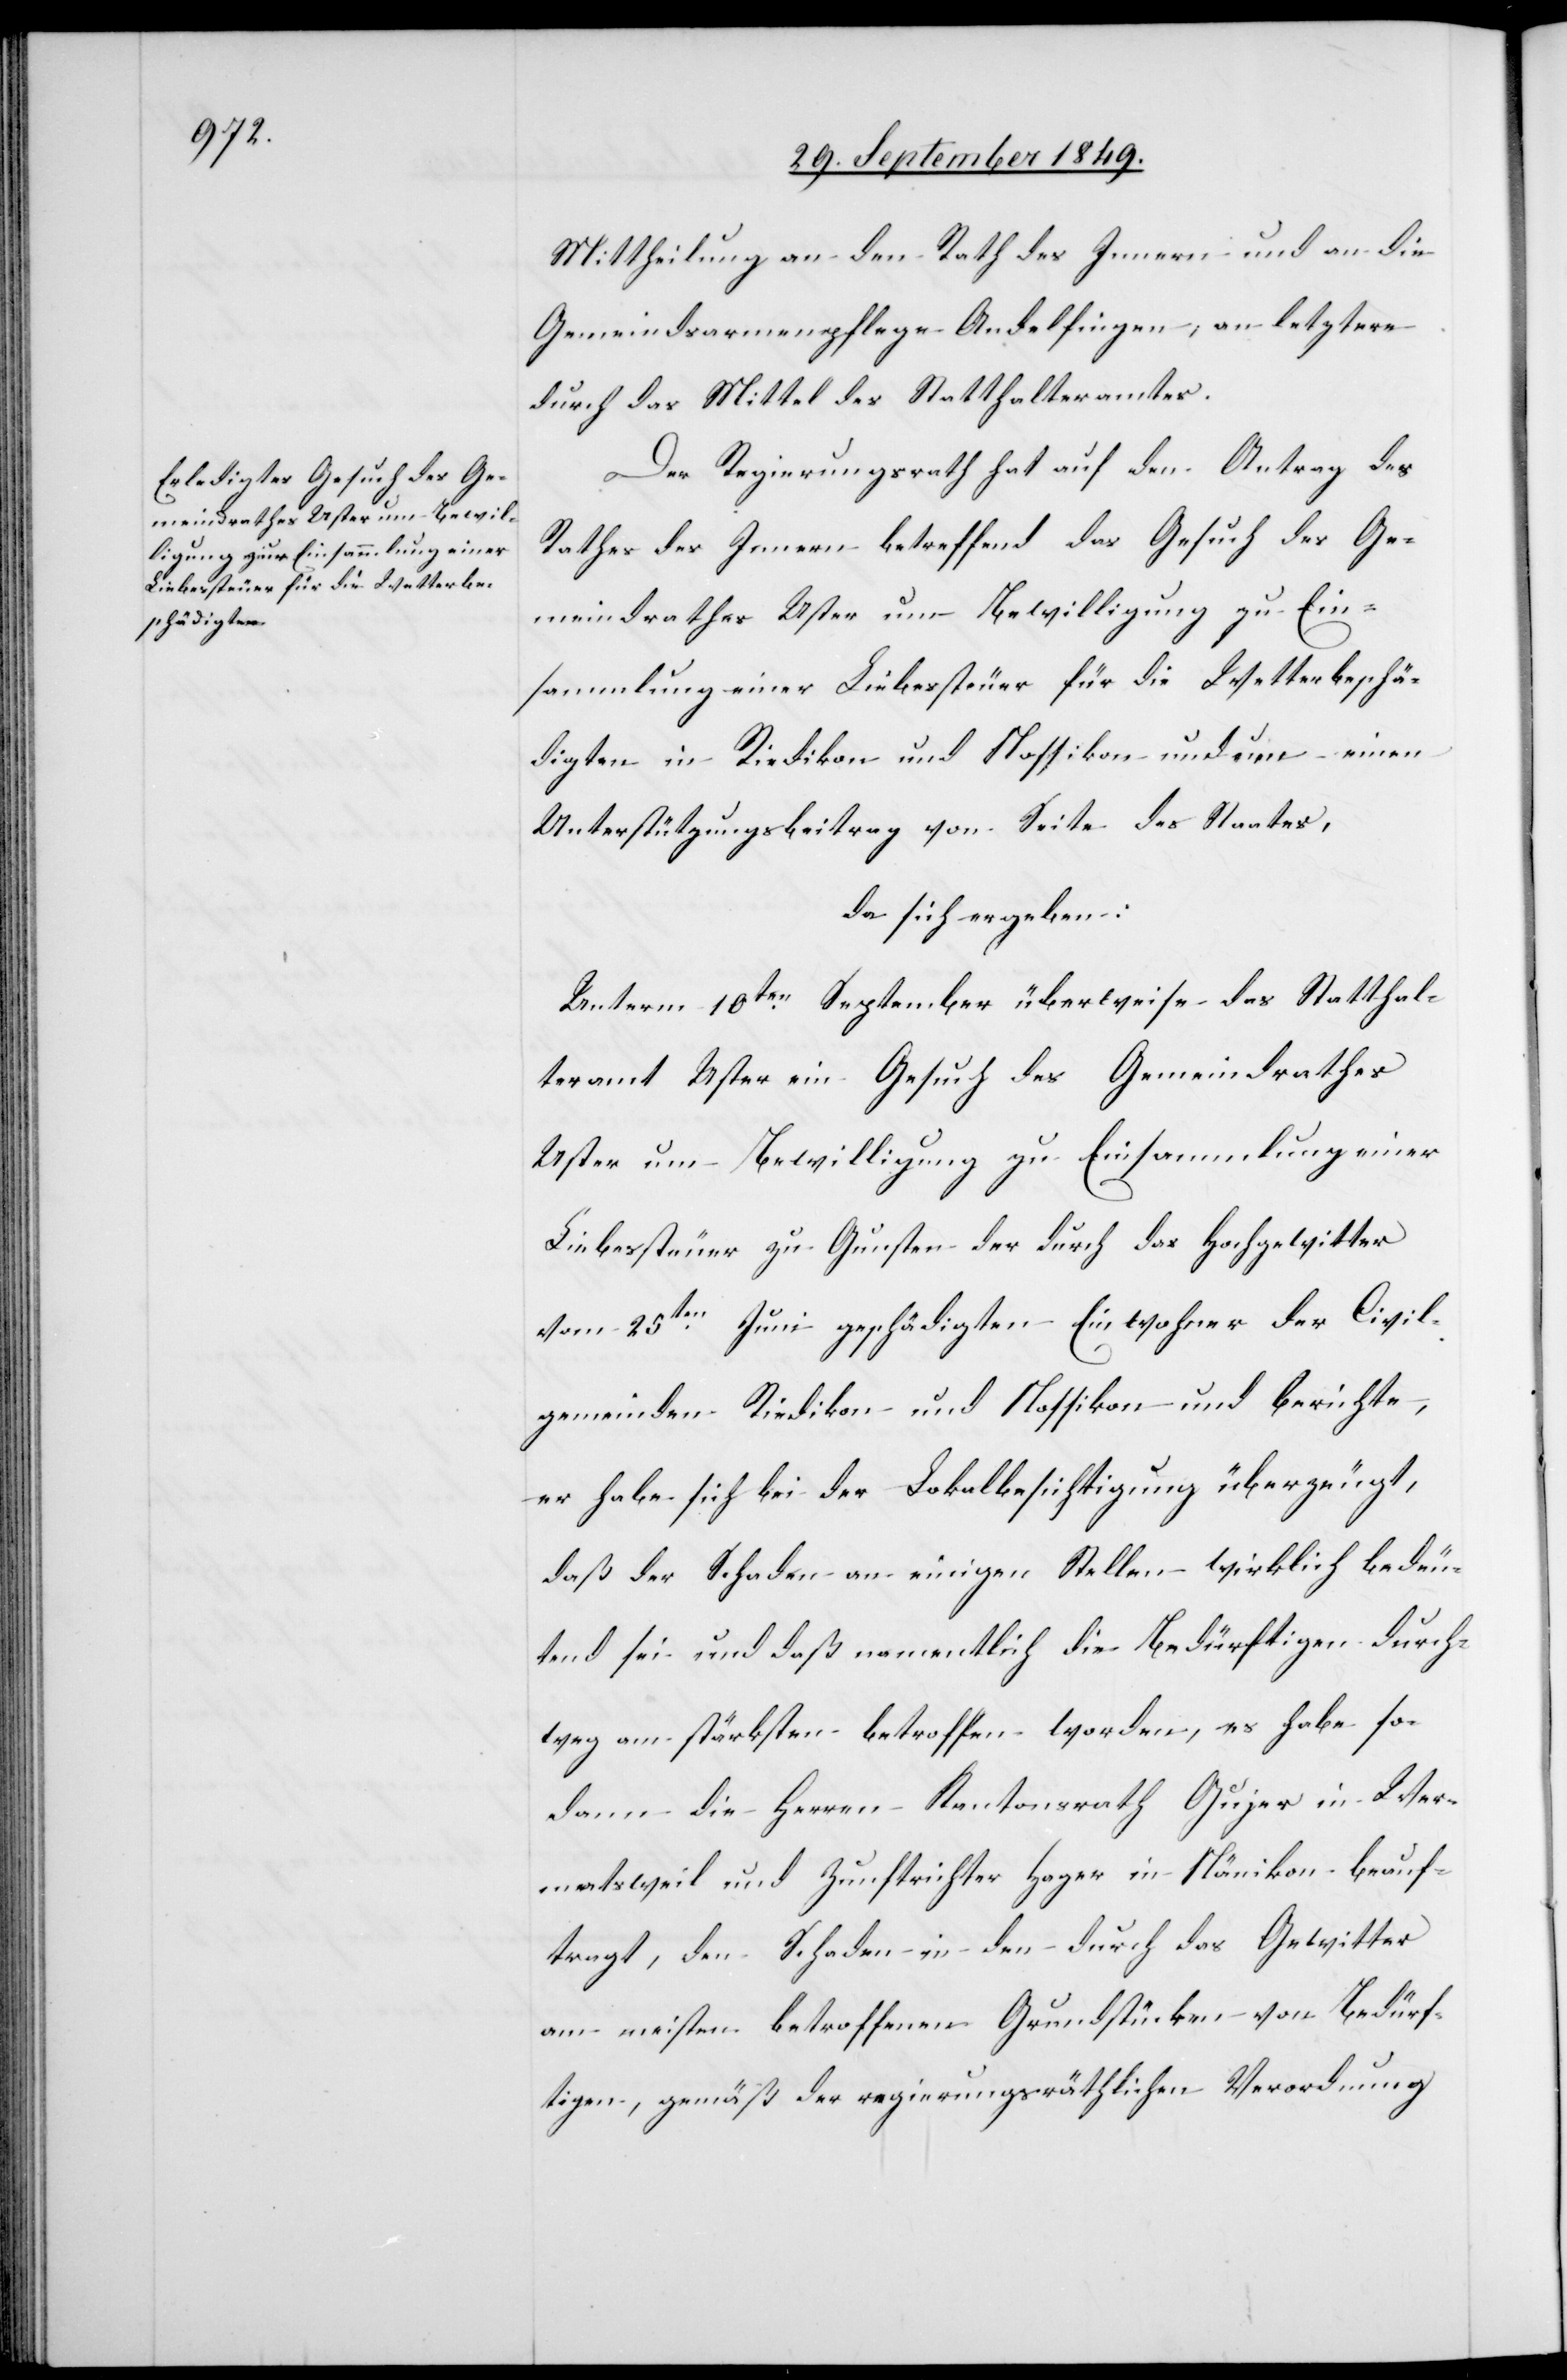
Mittheilung an den Rath des Innern und an die
Gemeindsarmenpflege Andelfingen, an letztere
durch das Mittel des Statthalteramtes.
Der Regierungsrath hat auf den Antrag des
Rathes des Innern betreffend das Gesuch des Ge¬
meindrathes Uster um Bewilligung zu Ein¬
sammlung einer Liebessteuer für die Wetterbeschä¬
digten in Riedikon und Nossikon und um einen
Unterstützungsbeitrag von Seite des Staates,
da sich ergeben:
Unterm 10ten September überweise das Statthal¬
teramt Uster ein Gesuch des Gemeindrathes
Uster um Bewilligung zu Einsammlung einer
Liebessteuer zu Gunsten der durch das Hochgewitter
vom 25ten Juni geschädigten Einwohner der Civil¬
gemeinden Riedikon und Nossikon und berichte,
er habe sich bei der Lokalbesichtigung überzeugt,
daß der Schaden an einigen Stellen wirklich bedeu¬
tend sei und daß namentlich die Bedürftigen durch¬
weg am stärksten betroffen worden, es habe so¬
dann die Herren Kantonsrath Gujer in Wer¬
matsweil und Zunftrichter Hager in Nänikon beauf¬
tragt, den Schaden in den durch das Gewitter
am meisten betroffenen Grundstücken von Bedürf¬
tigen, gemäß der regierungsräthlichen Verordnung